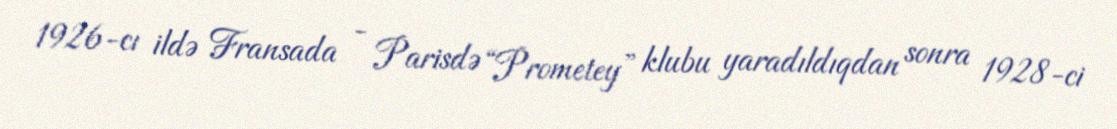
1926-cı ildə Fransada - Parisdə “Prometey” klubu yaradıldıqdan sonra 1928-ci